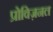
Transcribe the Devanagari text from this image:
प्रोविज़नल